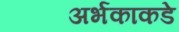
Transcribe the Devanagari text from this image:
अर्भकाकडे